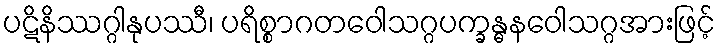
ပဋိနိဿဂ္ဂါနုပဿီ၊ ပရိစ္စာဂတဝေါသဂ္ဂပက္ခန္ဓနဝေါသဂ္ဂအားဖြင့်